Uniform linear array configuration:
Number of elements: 48
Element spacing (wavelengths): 0.25
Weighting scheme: hann
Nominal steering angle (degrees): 45
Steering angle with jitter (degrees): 43.979
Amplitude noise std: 0.05
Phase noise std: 0.05

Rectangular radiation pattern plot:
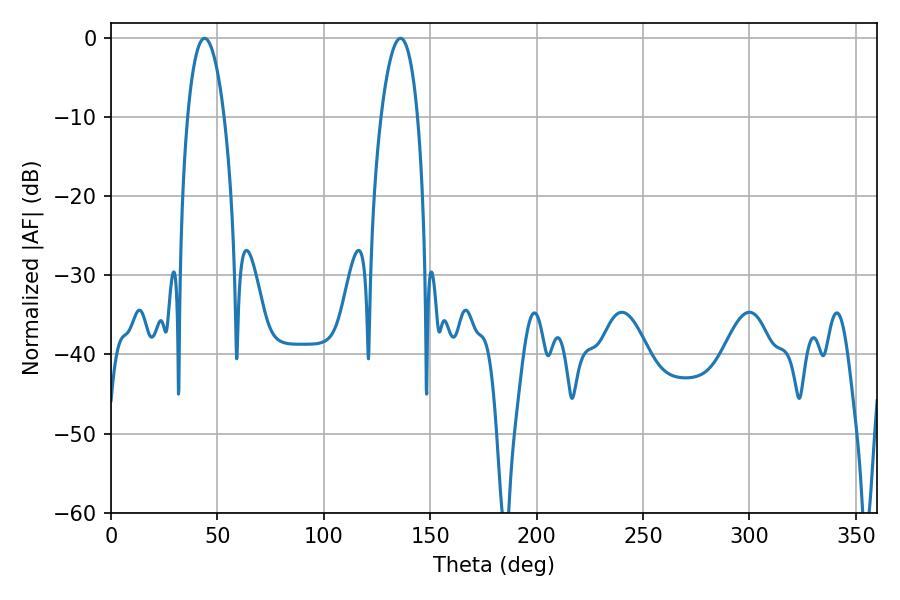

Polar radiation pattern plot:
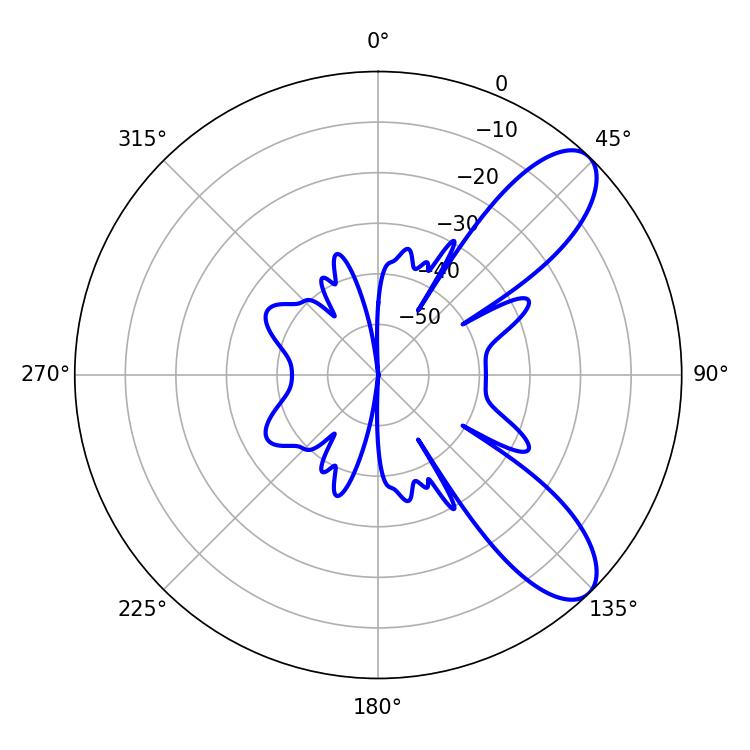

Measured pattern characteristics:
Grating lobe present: FALSE
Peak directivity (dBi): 9.053
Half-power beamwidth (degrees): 9.54
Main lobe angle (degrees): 43.92